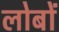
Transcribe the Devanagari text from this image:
लोबों